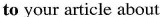
to your article about